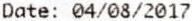
DATE: 04/08/2017